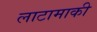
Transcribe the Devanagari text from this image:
लाटामाकी